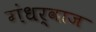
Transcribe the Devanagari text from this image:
गंधर्वाज